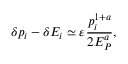
\delta p _ { i } - \delta E _ { i } \simeq \varepsilon \frac { p _ { i } ^ { 1 + a } } { 2 E _ { P } ^ { a } } ,